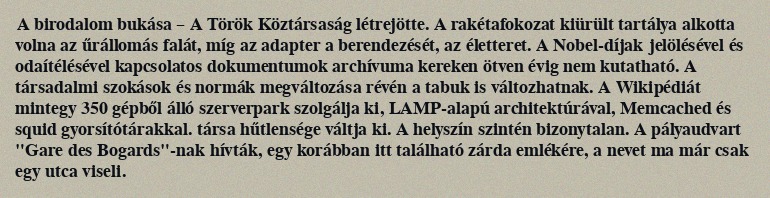
A birodalom bukása – A Török Köztársaság létrejötte. A rakétafokozat kiürült tartálya alkotta volna az űrállomás falát, míg az adapter a berendezését, az életteret. A Nobel-díjak jelölésével és odaítélésével kapcsolatos dokumentumok archívuma kereken ötven évig nem kutatható. A társadalmi szokások és normák megváltozása révén a tabuk is változhatnak. A Wikipédiát mintegy 350 gépből álló szerverpark szolgálja ki, LAMP-alapú architektúrával, Memcached és squid gyorsítótárakkal. társa hűtlensége váltja ki. A helyszín szintén bizonytalan. A pályaudvart "Gare des Bogards"-nak hívták, egy korábban itt található zárda emlékére, a nevet ma már csak egy utca viseli.